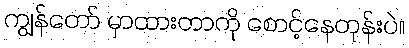
ကျွန်တော် မှာထားတာကို စောင့်နေတုန်းပဲ။